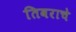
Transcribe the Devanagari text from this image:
तिवराचे